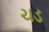
ચડ